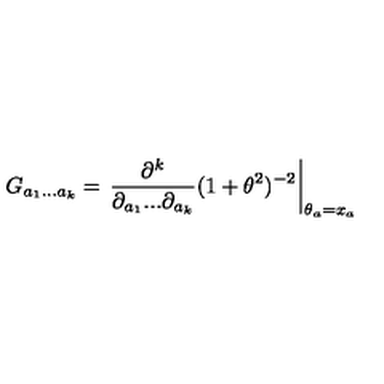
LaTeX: G _ { a _ { 1 } . . . a _ { k } } = \left. \frac { \partial ^ { k } } { \partial _ { a _ { 1 } } . . . \partial _ { a _ { k } } } ( 1 + \theta ^ { 2 } ) ^ { - 2 } \right| _ { \theta _ { a } = x _ { a } }